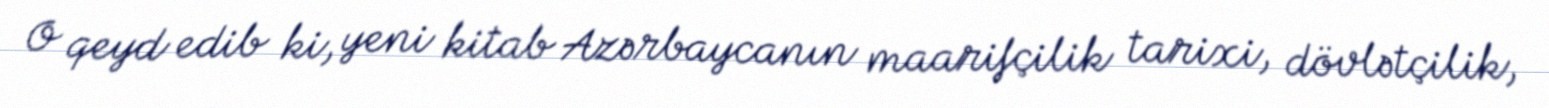
O qeyd edib ki, yeni kitab Azərbaycanın maarifçilik tarixi, dövlətçilik,